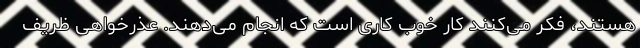
هستند، فکر می‌کنند کار خوب کاری است که انجام می‌دهند. عذرخواهی ظریف